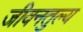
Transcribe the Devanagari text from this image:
जीवनतुल्य